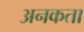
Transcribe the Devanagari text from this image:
अनकता